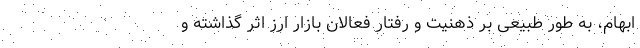
ابهام، به طور طبیعی بر ذهنیت و رفتار فعالان بازار ارز اثر گذاشته و